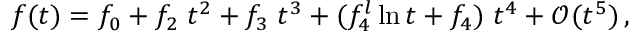
f ( t ) = f _ { 0 } + f _ { 2 } \; t ^ { 2 } + f _ { 3 } \; t ^ { 3 } + ( f _ { 4 } ^ { l } \ln t + f _ { 4 } ) \; t ^ { 4 } + \mathcal { O } ( t ^ { 5 } ) \, ,